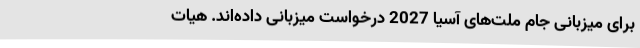
برای میزبانی جام ملت‌های آسیا 2027 درخواست میزبانی داده‌اند. هیات